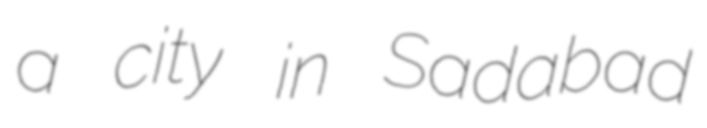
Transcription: a city in Sadabad